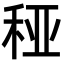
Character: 䅉